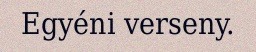
Egyéni verseny.